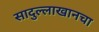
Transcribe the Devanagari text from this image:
सादुल्लाखानचा